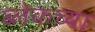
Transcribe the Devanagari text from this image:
ब्लेकच्या